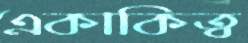
একাকিত্ব